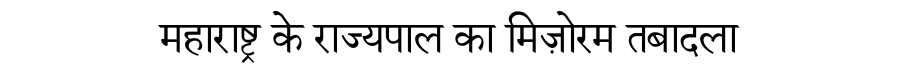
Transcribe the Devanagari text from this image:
महाराष्ट्र के राज्यपाल का मिज़ोरम तबादला